Report of the Indian Hemp Drugs Commission, 1894-1895 - Volume IV
Year: 1894
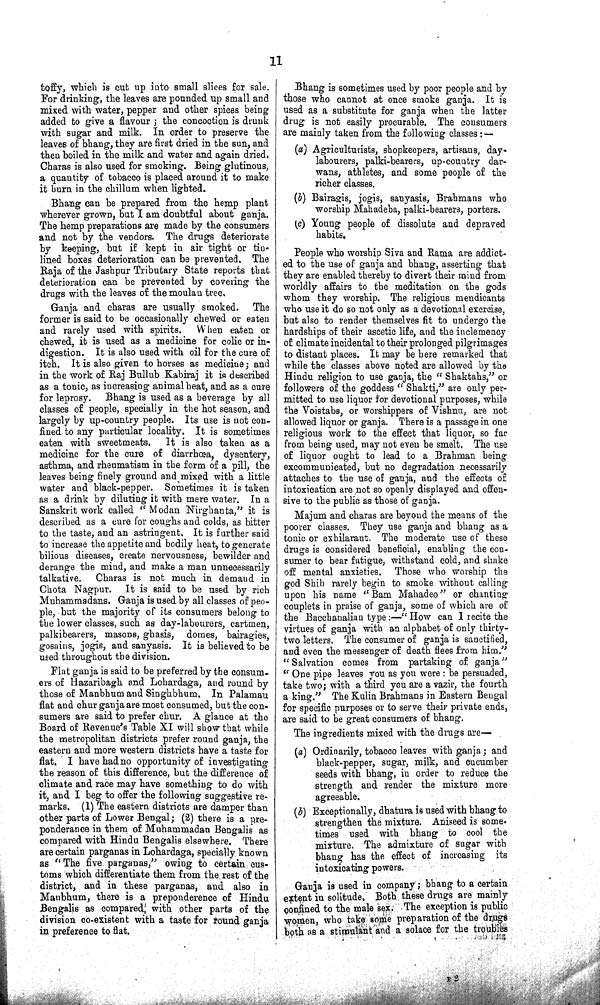
11
toffy, which is cut up into small slices for sale.
For drinking, the leaves are pounded up small and
mixed with water, pepper and other spices being
added to give a flavour; the concoction is drunk
with sugar and milk. In order to preserve the
leaves of bhang, they are first dried in the sun, and
then boiled in the milk and water and again dried.
Charas is also used for smoking. Being glutinous,
a quantity of tobacco is placed around it to make
it burn in the chillum when lighted.
Bhang can be prepared from the hemp plant
wherever grown, but I am doubtful about ganja.
The hemp preparations are made by the consumers
and not by the vendors. The drugs deteriorate
by keeping, but if kept in air tight or tin-
lined boxes deterioration can be prevented. The
Raja of the Jashpur Tributary State reports that
deterioration can be prevented by covering the
drugs with the leaves of the moulan tree.
Ganja and charas are usually smoked. The
former is said to be occasionally chewed or eaten
and rarely used with spirits. When eaten or
chewed, it is used as a medicine for colic or in-
digestion. It is also used with oil for the cure of
itch. It is also given to horses as medicine; and
in the work of Raj Bullub Kabiraj it is described
as a tonic, as increasing animal heat, and as a cure
for leprosy. Bhang is used as a beverage by all
classes of people, specially in the hot season, and
largely by up-country people. Its use is not con-
fined to any particular locality. It is sometimes
eaten with sweetmeats. It is also taken as a
medicine for the cure of diarrhœa, dysentery,
asthma, and rheumatism in the form of a pill, the
leaves being finely ground and mixed with a little
water and black-pepper. Sometimes it is taken
as a drink by diluting it with mere water. In a
Sanskrit work called "Modan Nirghanta," it is
described as a cure for coughs and colds, as bitter
to the taste, and an astringent. It is further said
to increase the appetite and bodily heat, to generate
bilious diseases, create nervousness, bewilder and
derange the mind, and make a man unnecessarily
talkative. Charas is not much in demand in
Chota Nagpur. It is said to be used by rich
Muhammadans. Ganja is used by all classes of peo-
ple, but the majority of its consumers belong to
the lower classes, such as day-labourers, cartmen,
palkibearers, masons, ghasis, domes, bairagies,
gosains, jogis, and sanyasis. It is believed to be
used throughout the division.
Flat ganja is said to be preferred by the consum-
ers of Hazaribagh and Lohardaga, and round by
those of Manbhum and Singhbhum. In Palamau
flat and chur ganja are most consumed, but the con-
sumers are said to prefer chur. A glance at the
Board of Revenue's Table XI will show that while
the metropolitan districts prefer round ganja, the
eastern and more western districts have a taste for
flat. I have had no opportunity of investigating
the reason of this difference, but the difference of
climate and race may have something to do with
it, and I beg to offer the following suggestive re-
marks. (1) The eastern districts are damper than
other parts of Lower Bengal; (2) there is a pre-
ponderance in them of Muhammadan Bengalis as
compared with Hindu Bengalis elsewhere. There
are certain parganas in Lohardaga, specially known
as "The five parganas," owing to certain cus-
toms which differentiate them from the rest of the
district, and in these parganas, and also in
Manbhum, there is a preponderence of Hindu
Bengalis as compared with other parts of the
division co-existent with a taste for round ganja
in preference to flat.
Bhang is sometimes used by poor people and by
those who cannot at once smoke ganja. It is
used as a substitute for ganja when the latter
drug is not easily procurable. The consumers
are mainly taken from the following classes:—
(a) Agriculturists, shopkeepers, artisans, day-
labourers, palki-bearers, up-country dar-
wans, athletes, and some people of the
richer classes.
(b) Bairagis, jogis, sanyasis, Brahmans who
worship Mahadeba, palki-bearers, porters.
(c) Young people of dissolute and depraved
habits.
People who worship Siva and Rama are addict-
ed to the use of ganja and bhang, asserting that
they are enabled thereby to divert their mind from
worldly affairs to the meditation on the gods
whom they worship. The religious mendicants
who use it do so not only as a devotional exercise,
but also to render themselves fit to undergo the
hardships of their ascetic life, and the inclemency
of climate incidental to their prolonged pilgrimages
to distant places. It may be here remarked that
while the classes above noted are allowed by the
Hindu religion to use ganja, the "Shaktahs," or
followers of the goddess "Shakti," are only per-
mitted to use liquor for devotional purposes, while
the Voistabs, or worshippers of Vishnu, are not
allowed liquor or ganja. There is a passage in one
religious work to the effect that liquor, so far
from being used, may not even be smelt. The use
of liquor ought to lead to a Brahman being
excommunicated, but no degradation necessarily
attaches to the use of ganja, and the effects of
intoxication are not so openly displayed and offen-
sive to the public as those of ganja.
Majum and charas are beyond the means of the
poorer classes. They use ganja and bhang as a
tonic or exhilarant. The moderate use of these
drugs is considered beneficial, enabling the con-
sumer to bear fatigue, withstand cold, and shake
off mental anxieties. Those who worship the
god Shib rarely begin to smoke without calling
upon his name "Bam Mahadeo" or chanting
couplets in praise of ganja, some of which are of
the Bacchanalian type:—"How can I recite the
virtues of ganja with an alphabet of only thirty-
two letters. The consumer of ganja is sanctified,
and even the messenger of death flees from him."
"Salvation comes from partaking of ganja"
"One pipe leaves you as you were: be persuaded,
take two; with a third you are a vazir, the fourth
a king." The Kulin Brahmans in Eastern Bengal
for specific purposes or to serve their private ends,
are said to be great consumers of bhang.
The ingredients mixed with the drugs are—
(a) Ordinarily, tobacco leaves with ganja; and
black-pepper, sugar, milk, and cucumber
seeds with bhang, in order to reduce the
strength and render the mixture more
agreeable.
(b) Exceptionally, dhatura is used with bhang to
strengthen the mixture. Aniseed is some
times used with bhang to cool the
mixture. The admixture of sugar with
bhang has the effect of increasing its
intoxicating powers.
Ganja is used in company; bhang to a certain
extent in solitude. Both these drugs are mainly
confined to the male sex. The exception is public
women, who take some preparation of the drugs
both as a stimulant and a solace for the troubles